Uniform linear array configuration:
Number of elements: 24
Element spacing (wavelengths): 0.25
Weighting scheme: exponential
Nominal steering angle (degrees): -15
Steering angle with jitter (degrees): -13.64
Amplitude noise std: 0.05
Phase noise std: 0.05

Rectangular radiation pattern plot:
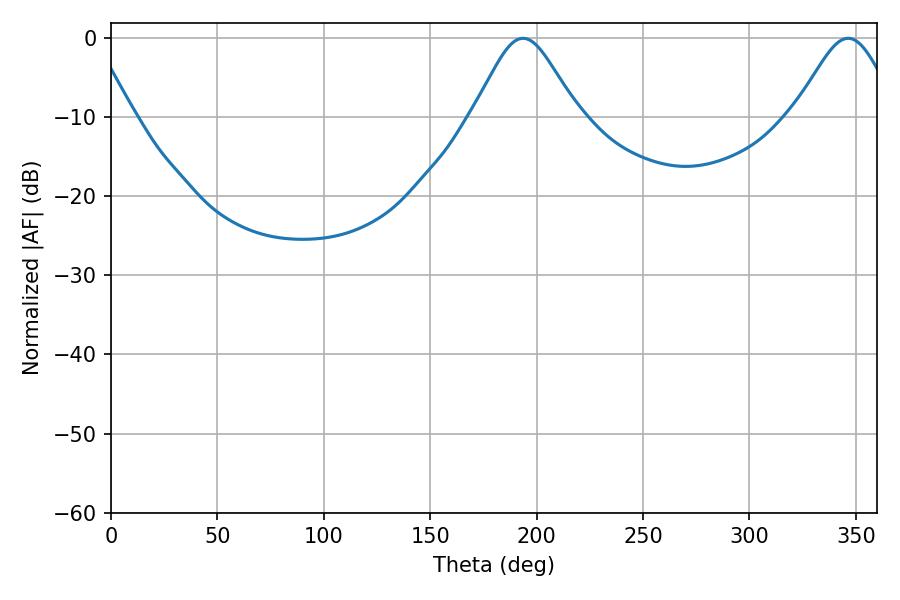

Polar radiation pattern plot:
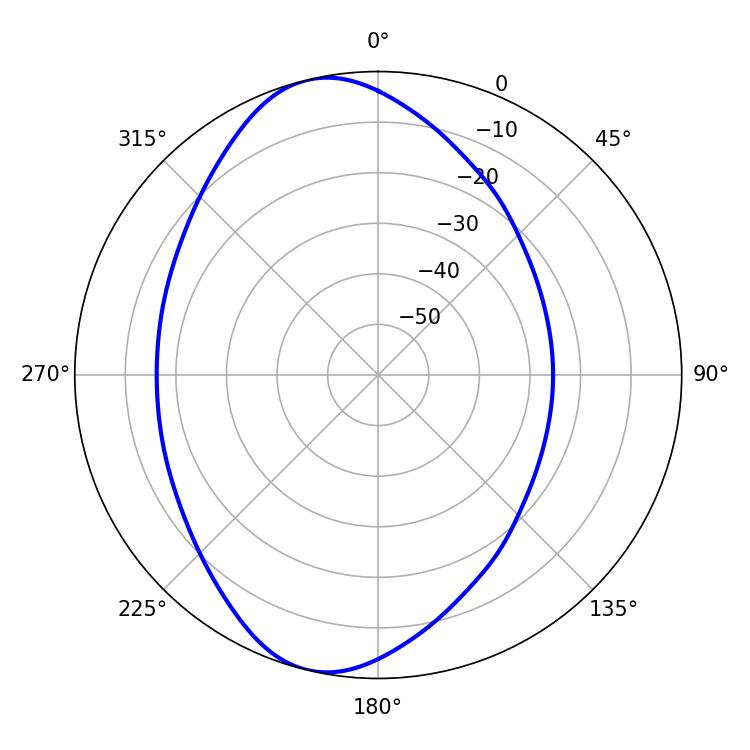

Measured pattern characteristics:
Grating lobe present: FALSE
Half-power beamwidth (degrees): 23.94
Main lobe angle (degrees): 193.68